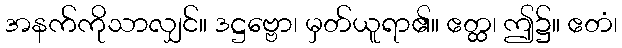
အနက်ကိုသာလျှင်။ ဒဋ္ဌဗ္ဗော၊ မှတ်ယူရာ၏။ ဧတ္ထ၊ ဤ၌။ ဧတံ၊